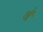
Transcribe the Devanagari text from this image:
ऑं